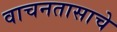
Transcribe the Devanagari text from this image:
वाचनतासाचे